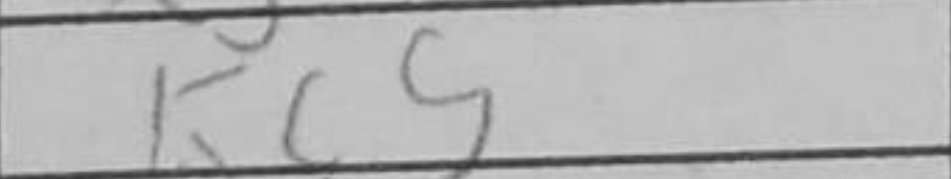
Transcription: Kc5